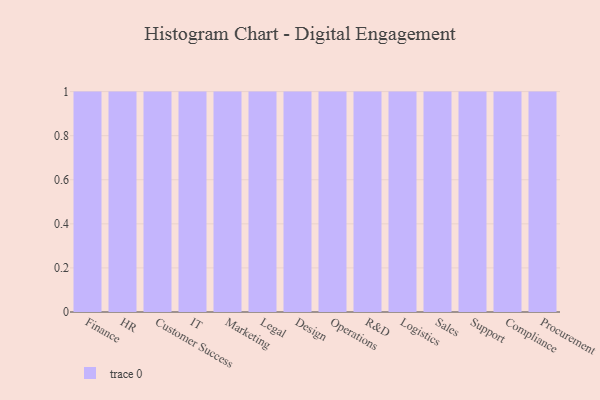
{"axis": {"x": "Department", "y": "Churn Rate (%)"}, "legend": [""], "data": [{"x": "Finance", "y": 90, "type": ""}, {"x": "HR", "y": 49, "type": ""}, {"x": "Customer Success", "y": 22, "type": ""}, {"x": "IT", "y": 16, "type": ""}, {"x": "Marketing", "y": 13, "type": ""}, {"x": "Legal", "y": 48, "type": ""}, {"x": "Design", "y": 98, "type": ""}, {"x": "Operations", "y": 97, "type": ""}, {"x": "R&D", "y": 23, "type": ""}, {"x": "Logistics", "y": 100, "type": ""}, {"x": "Sales", "y": 34, "type": ""}, {"x": "Support", "y": 58, "type": ""}, {"x": "Compliance", "y": 93, "type": ""}, {"x": "Procurement", "y": 57, "type": ""}]}